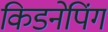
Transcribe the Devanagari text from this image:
किडनेपिंग